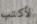
لأكتب